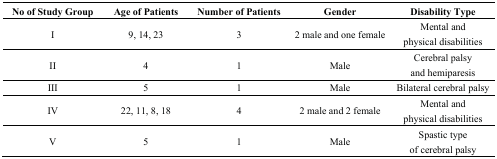
| No of Study Group | Age of Patients | Number of Patients | Gender | Disability Type |
 | --- | --- | --- | --- | --- |
 | I | 9, 14, 23 | 3 | 2 male and one female | Mental and physical disabilities |
 | II | 4 | 1 | Male | Cerebral palsy and hemiparesis |
 | III | 5 | 1 | Male | Bilateral cerebral palsy |
 | IV | 22, 11, 8, 18 | 4 | 2 male and 2 female | Mental and physical disabilities |
 | V | 5 | 1 | Male | Spastic type of cerebral palsy |